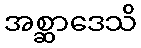
အစ္ဆာဒေသိ